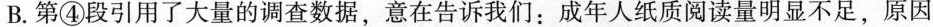
B.第④段引用了大量的调查数据，意在告诉我们：成年人纸质阅读量明显不足，原因